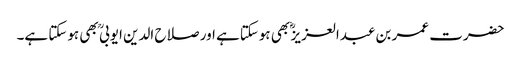
حضرت عمر بن عبدالعزیز ؓ بھی ہوسکتاہے اور صلاح الدین ایوبی ؒ بھی ہوسکتا ہے۔